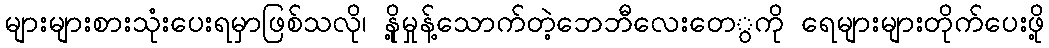
များများစားသုံးပေးရမှာဖြစ်သလို၊ နို့မှုန့်သောက်တဲ့ဘေဘီလေးတေွကို ရေများများတိုက်ပေးဖို့